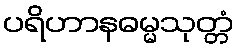
ပရိဟာနဓမ္မသုတ္တံ